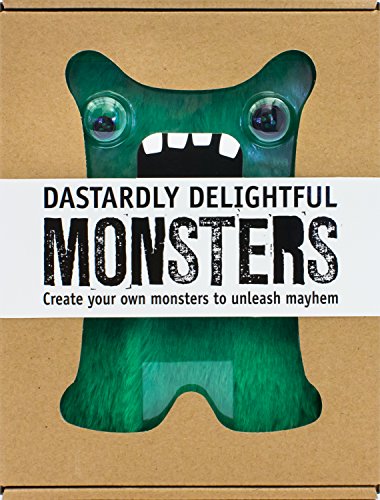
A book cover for Dastardly Delightful Monsters: Create Your Own Monsters (Scary Cute Boxsets); Parragon Books; Crafts, Hobbies & Home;